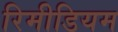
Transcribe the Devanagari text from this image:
रिमीडियम